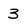
Character: 3